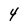
Character: 4